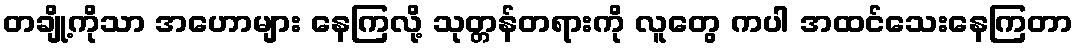
တချို့ကိုသာ အဟောများ နေကြလို့ သုတ္တန်တရားကို လူတွေ ကပါ အထင်သေးနေကြတာ